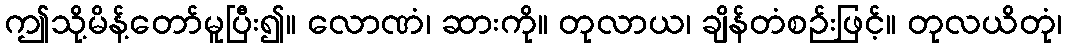
ဤသို့မိန့်တော်မူပြီး၍။ လောဏံ၊ ဆားကို။ တုလာယ၊ ချိန်တံစဉ်းဖြင့်။ တုလယိတုံ၊